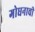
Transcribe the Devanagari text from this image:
गोधनाची